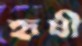
হৃষী